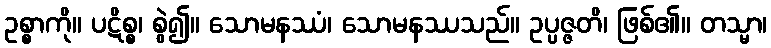
ဥစ္စာကို။ ပဋိစ္စ၊ စွဲ၍။ သောမနဿံ၊ သောမနဿသည်။ ဥပ္ပဇ္ဇတိ၊ ဖြစ်၏။ တသ္မာ၊